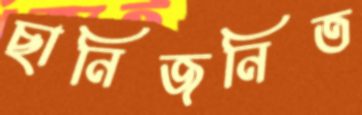
ছানিজনিত